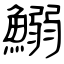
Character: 鰯